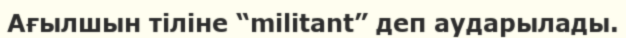
Ағылшын тіліне “militant” деп аударылады.